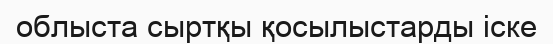
облыста сыртқы қосылыстарды іске